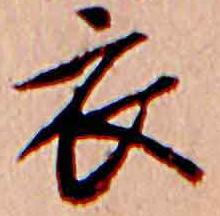
衣